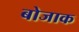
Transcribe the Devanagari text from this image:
बोजाक